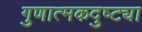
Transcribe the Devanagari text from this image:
गुणात्मकदुष्ट्या